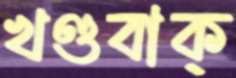
খণ্ডবাক্